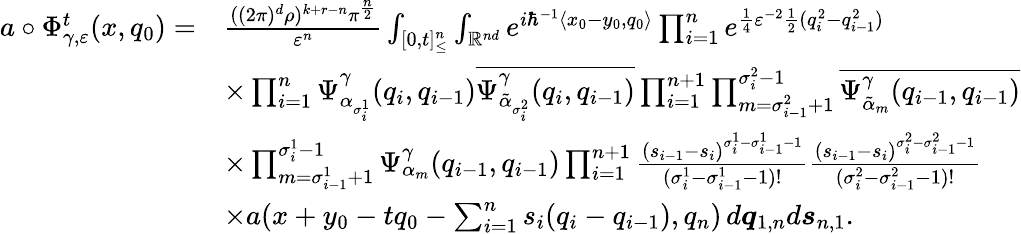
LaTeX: \begin{array}{rl}{a\circ\Phi_{\gamma,\varepsilon}^{t}(x,q_{0})=}&{\frac{((2\pi)^{d}\rho)^{k+r-n}\pi^{\frac{n}{2}}}{\varepsilon^{n}}\int_{[0,t]_{\leq}^{n}}\int_{\mathbb{R}^{nd}}e^{i\hbar^{-1}\langle x_{0}-y_{0},q_{0}\rangle}\prod_{i=1}^{n}e^{\frac{1}{4}\varepsilon^{-2}\frac{1}{2}(q_{i}^{2}-q_{i-1}^{2})}}\\ &{\times\prod_{i=1}^{n}\Psi_{\alpha_{\sigma_{i}^{1}}}^{\gamma}(q_{i},q_{i-1})\overline{{\Psi_{{\tilde{\alpha}}_{\sigma_{i}^{2}}}^{\gamma}(q_{i},q_{i-1})}}\prod_{i=1}^{n+1}\prod_{m=\sigma_{i-1}^{2}+1}^{\sigma_{i}^{2}-1}\overline{{\Psi_{{\tilde{\alpha}}_{m}}^{\gamma}(q_{i-1},q_{i-1})}}}\\ &{\times\prod_{m=\sigma_{i-1}^{1}+1}^{\sigma_{i}^{1}-1}\Psi_{\alpha_{m}}^{\gamma}(q_{i-1},q_{i-1})\prod_{i=1}^{n+1}\frac{(s_{i-1}-s_{i})^{\sigma_{i}^{1}-\sigma_{i-1}^{1}-1}}{(\sigma_{i}^{1}-\sigma_{i-1}^{1}-1)!}\frac{(s_{i-1}-s_{i})^{\sigma_{i}^{2}-\sigma_{i-1}^{2}-1}}{(\sigma_{i}^{2}-\sigma_{i-1}^{2}-1)!}}\\ &{\times a(x+y_{0}-tq_{0}-\sum_{i=1}^{n}s_{i}(q_{i}-q_{i-1}),q_{n})\, d\boldsymbol{q}_{1,n}d\boldsymbol{s}_{n,1}.}\end{array}